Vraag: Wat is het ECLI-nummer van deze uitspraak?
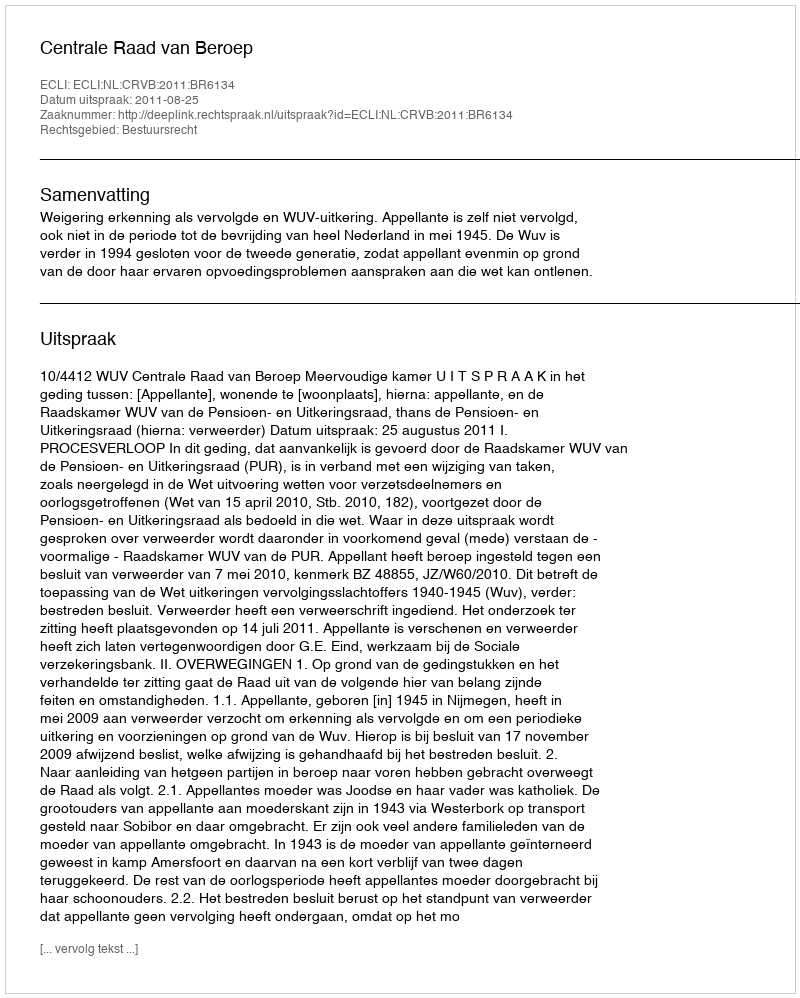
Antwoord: ECLI:NL:CRVB:2011:BR6134